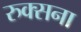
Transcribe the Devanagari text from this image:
रुक्सना